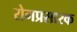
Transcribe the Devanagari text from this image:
रोगप्रसारक